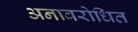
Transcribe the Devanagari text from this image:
अनावरोधित